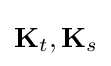
\mathbf {K} _{t},\mathbf {K} _{s}